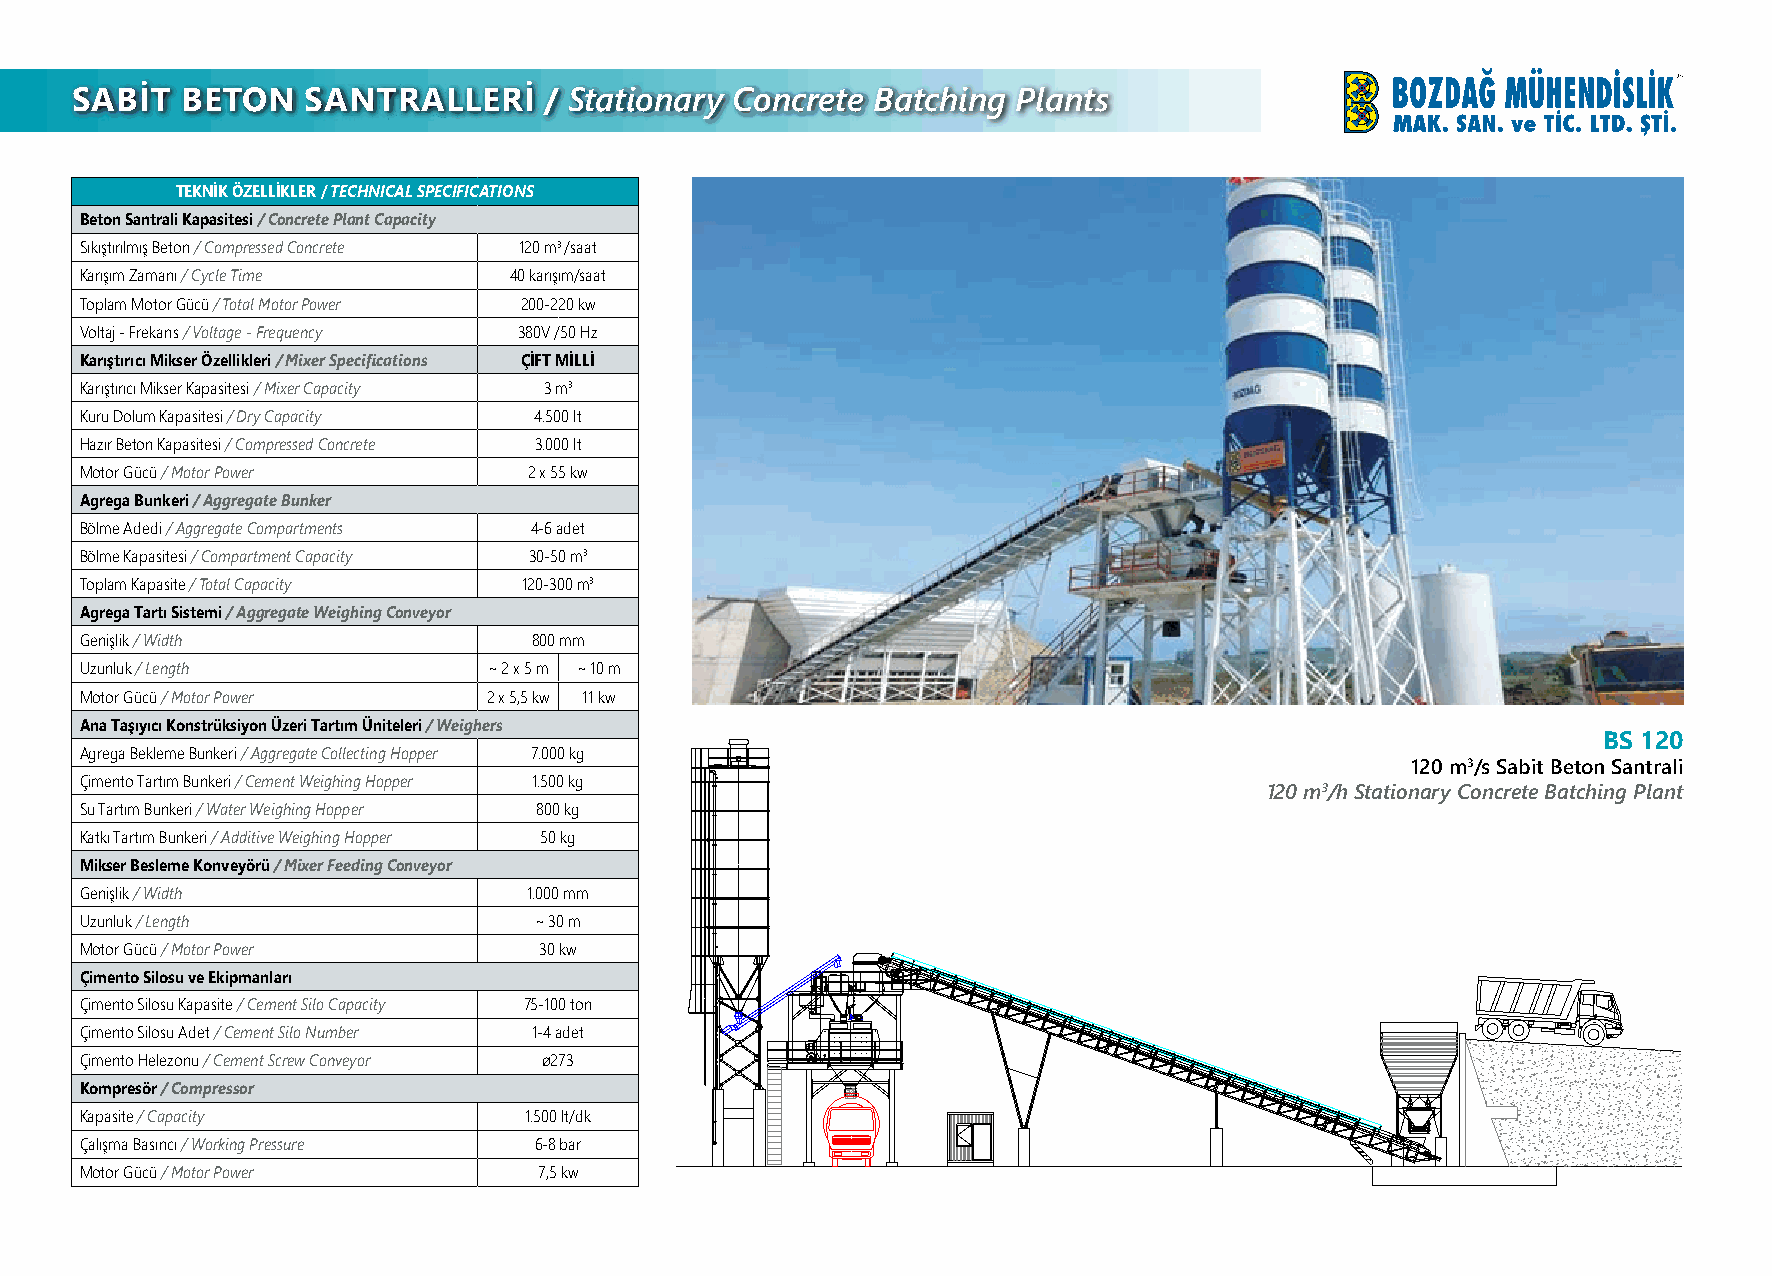
SABİT  BETON   SANTRALLERİ     / Stationary Concrete Batching Plants
 TEKNİK ÖZELLİKLER / TECHNICAL SPECIFICATIONS
 Beton Santrali Kapasitesi / Concrete Plant Capacity
 Sıkıştırılmış Beton / Compressed Concrete 120 m3 /saat
 Karışım Zamanı / Cycle Time  40 karışım/saat
 Toplam Motor Gücü / Total Motor Power 200-220 kw
 Voltaj - Frekans / Voltage - Frequency 380V /50 Hz
 Karıştırıcı Mikser Özellikleri / Mixer Specifications ÇİFT MİLLİ
 Karıştırıcı Mikser Kapasitesi / Mixer Capacity 3 m3
 Kuru Dolum Kapasitesi / Dry Capacity 4.500 lt
 Hazır Beton Kapasitesi / Compressed Concrete 3.000 lt
 Motor Gücü / Motor Power      2 x 55 kw
 Agrega Bunkeri / Aggregate Bunker
 Bölme Adedi / Aggregate Compartments 4-6 adet
 Bölme Kapasitesi / Compartment Capacity 30-50 m3
 Toplam Kapasite / Total Capacity 120-300 m3
 Agrega Tartı Sistemi / Aggregate Weighing Conveyor
 Genişlik / Width              800 mm
 Uzunluk / Length           ~ 2 x 5 m ~ 10 m
 Motor Gücü / Motor Power   2 x 5,5 kw 11 kw
 Ana Taşıyıcı Konstrüksiyon Üzeri Tartım Üniteleri / Weighers
 BS 120
 Agrega Bekleme Bunkeri / Aggregate Collecting Hopper 7.000 kg
 120 m3/s Sabit Beton Santrali
 Çimento Tartım Bunkeri / Cement Weighing Hopper 1.500 kg
 120 m3/h Stationary Concrete Batching Plant
 Su Tartım Bunkeri / Water Weighing Hopper 800 kg
 Katkı Tartım Bunkeri / Additive Weighing Hopper 50 kg
 Mikser Besleme Konveyörü / Mixer Feeding Conveyor
 Genişlik / Width              1.000 mm
 Uzunluk / Length              ~ 30 m
 Motor Gücü / Motor Power       30 kw
 Çimento Silosu ve Ekipmanları
 Çimento Silosu Kapasite / Cement Silo Capacity 75-100 ton
 Çimento Silosu Adet / Cement Silo Number 1-4 adet
 Çimento Helezonu / Cement Screw Conveyor ø273
 Kompresör / Compressor
 Kapasite / Capacity           1.500 lt/dk
 Çalışma Basıncı / Working Pressure 6-8 bar
 Motor Gücü / Motor Power       7,5 kw